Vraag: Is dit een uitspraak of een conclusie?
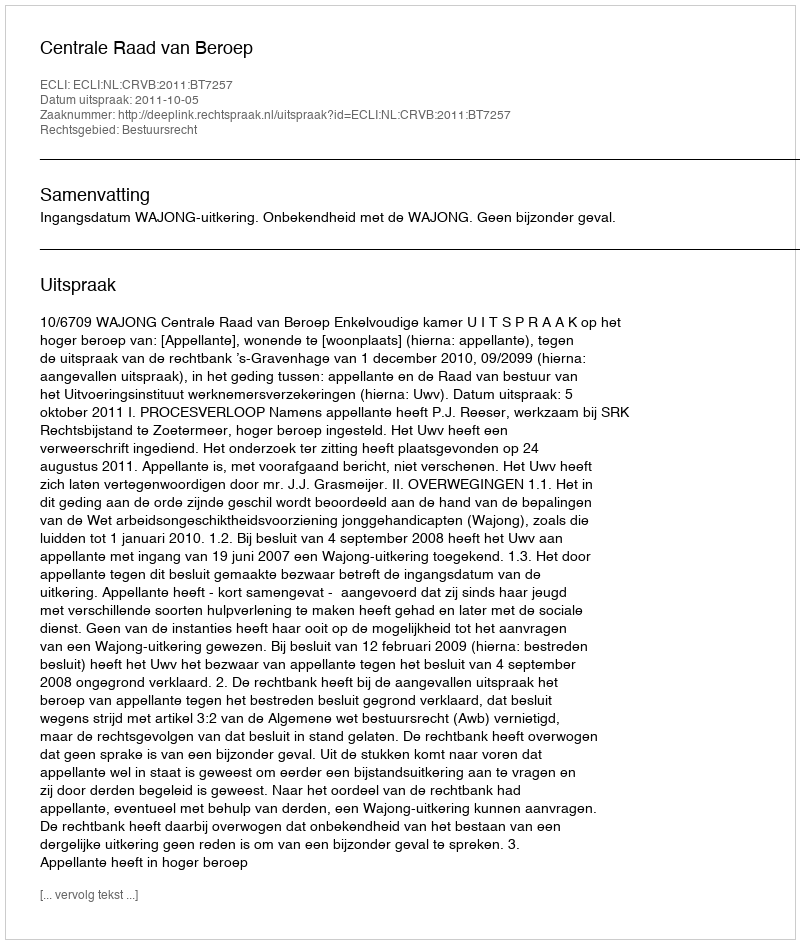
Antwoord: Uitspraak